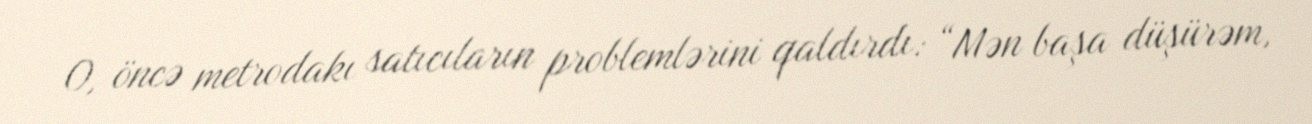
O, öncə metrodakı satıcıların problemlərini qaldırdı: “Mən başa düşürəm,